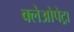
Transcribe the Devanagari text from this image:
क्लेओपेट्रा